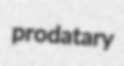
prodatary